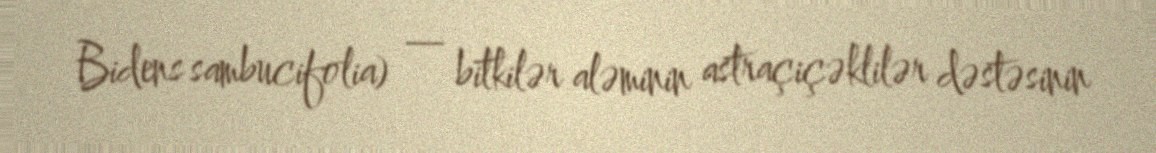
Bidens sambucifolia) — bitkilər aləminin astraçiçəklilər dəstəsinin